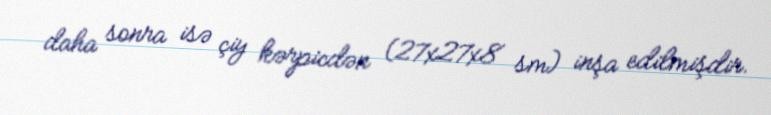
daha sonra isə çiy kərpicdən (27x27x8 sm) inşa edilmişdir.